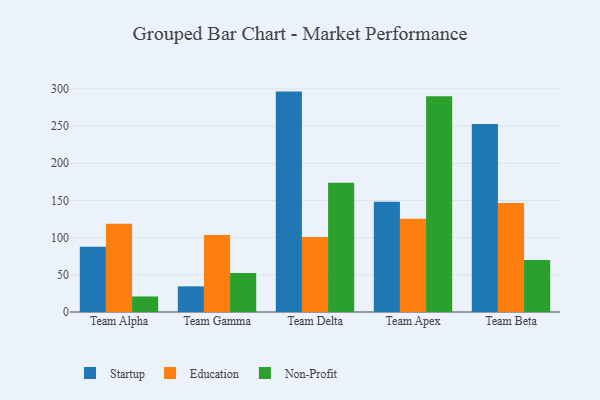
{"axis": {"x": "Team", "y": "Population (Million)"}, "legend": ["Education", "Non-Profit", "Startup"], "data": [{"x": "Team Alpha", "y": 87.6, "type": "Startup"}, {"x": "Team Alpha", "y": 118.8, "type": "Education"}, {"x": "Team Alpha", "y": 20.9, "type": "Non-Profit"}, {"x": "Team Gamma", "y": 34.5, "type": "Startup"}, {"x": "Team Gamma", "y": 103.5, "type": "Education"}, {"x": "Team Gamma", "y": 52.3, "type": "Non-Profit"}, {"x": "Team Delta", "y": 296.4, "type": "Startup"}, {"x": "Team Delta", "y": 100.8, "type": "Education"}, {"x": "Team Delta", "y": 173.9, "type": "Non-Profit"}, {"x": "Team Apex", "y": 148.4, "type": "Startup"}, {"x": "Team Apex", "y": 125.5, "type": "Education"}, {"x": "Team Apex", "y": 290.3, "type": "Non-Profit"}, {"x": "Team Beta", "y": 252.8, "type": "Startup"}, {"x": "Team Beta", "y": 146.7, "type": "Education"}, {"x": "Team Beta", "y": 70.0, "type": "Non-Profit"}]}